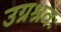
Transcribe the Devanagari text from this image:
उग्रश्रवः